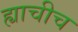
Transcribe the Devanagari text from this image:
ह्याचीच